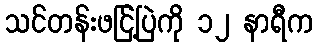
သင်တန်းဖငြ့်ပြဲကို ၁၂ နာရီက